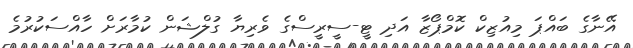
އޭނާގެ ބައްޕަ މިއުޒިކް ކޮމްޕޯޒާ އަދި ޓީ-ސީރީސްގެ ވެރިޔާ ގުލްޝަން ކުމާރަށް ހާއްސަކުރުމެ